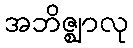
အဘိဇ္ဈာလု